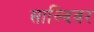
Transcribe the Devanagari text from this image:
साल्दिवर